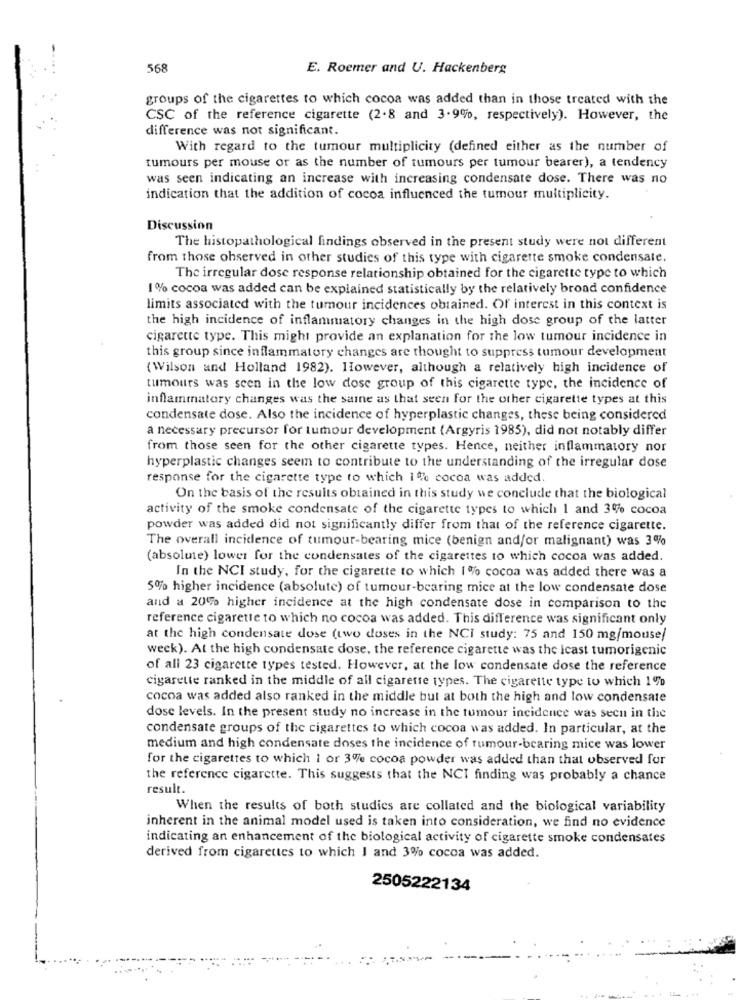
-
568
E. Roemer and U. Hackenberg
groups of the cigarettes to which cocoa was added than in those treated with the
CSC of the reference cigarette (2.8 and 3.9%, respectively). However, the
difference was not significant.
With regard to the tumour multiplicity (defined either as the number of
tumours per mouse or as the number of tumours per tumour bearer), a tendency
was seen indicating an increase with increasing condensate dose. There was no
indication that the addition of cocoa influenced the tumour multiplicity.
Discussion
The histopathological findings observed in the present study were not different
from those ohserved in other studies of this type with cigarette smoke condensate.
The irregular dose response relationship obtained for the cigarette type to which
1% cocoa was added can be explained statistically by the relatively broad confidence
limits associated with the tumour incidences obtained. Of interest in this context is
the high incidence of inflammatory changes in the high dose group of the latter
cigarette type. This might provide an explanation for the low tumour incidence in
this group since inflammatory changes are thought to suppress tumour development
(Wilson and Holland 1982). However, although a relatively high incidence of
tumours was seen in the low dose group of this cigarette type, the incidence of
inflammatory changes was the same as that seen for the other cigarette types at this
condensate dose. Also the incidence of hyperplastic changes, these being considered
a necessary precursor for tumour development (Argyris 1985), did not notably differ
from those seen for the other cigarette types. Hence, neither inflammatory nor
hyperplastic changes seem to contribute to the understanding of the irregular dose
response for the cigarette type to which 1% cocoa was added.
On the basis of the results obtained in this study we conclude that the biological
activity of the smoke condensate of the cigarette types to which 1 and 3% cocoa
powder was added did not significantly differ from that of the reference cigarette.
The overall incidence of tumour-bearing mice (benign and/or malignant) was 3%
(absolute) lower for the condensates of the cigarettes to which cocoa was added.
In the NCI study, for the cigarette to which I % cocoa was added there was a
5% higher incidence (absolute) of tumour-bearing mice at the low condensate dose
and a 20% higher incidence at the high condensate dose in comparison to the
reference cigarette to which no cocoa was added. This difference was significant only
at the high condensate dose (two doses in the NCI study: 75 and 150 mg/mouse/
week). At the high condensate dose, the reference cigarette was the Icast tumorigenic
of all 23 cigarette types tested. However, at the low condensate dose the reference
cigarette ranked in the middle of all cigarette types. The cigarette type to which 1%
cocoa was added also ranked in the middle but at both the high and low condensate
dose levels. In the present study no increase in the tumour incidence was seen in the
condensate groups of the cigarettes to which cocoa was added. In particular, at the
medium and high condensate doses the incidence of tumour-bearing mice was lower
for the cigarettes to which I or 3% cocoa powder was added than that observed for
the reference cigarette. This suggests that the NCI finding was probably a chance
result.
When the results of both studies are collated and the biological variability
inherent in the animal model used is taken into consideration, we find no evidence
indicating an enhancement of the biological activity of cigarette smoke condensates
derived from cigarettes to which I and 3% cocoa was added.
2505222134